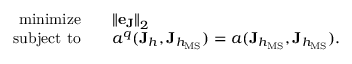
\begin{array} { r } { \begin{array} { r l } { \mathrm { m i n i m i z e } \quad } & { { \| \mathbf { e } _ { \mathbf { J } } \| } _ { 2 } } \\ { \mathrm { s u b j e c t ~ t o } \quad } & { a ^ { q } ( \mathbf { J } _ { h } , \mathbf { J } _ { h _ { \mathrm { M S } } } ) = a ( \mathbf { J } _ { h _ { \mathrm { M S } } } , \mathbf { J } _ { h _ { \mathrm { M S } } } ) . } \end{array} } \end{array}